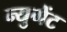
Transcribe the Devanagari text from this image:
न्युगेंट